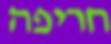
חריפה